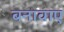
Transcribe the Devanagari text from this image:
बनावाए